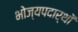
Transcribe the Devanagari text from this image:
भोज्यपदार्थों